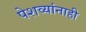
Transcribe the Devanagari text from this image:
पेशव्यांनाही